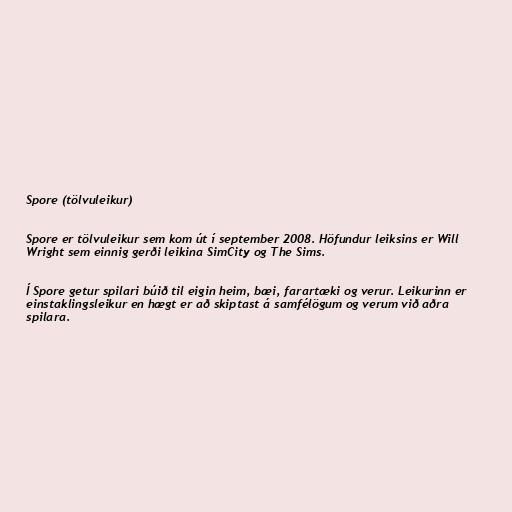
Spore (tölvuleikur)

Spore er tölvuleikur sem kom út í september 2008. Höfundur leiksins er Will
Wright sem einnig gerði leikina SimCity og The Sims.

Í Spore getur spilari búið til eigin heim, bæi, farartæki og verur. Leikurinn er
einstaklingsleikur en hægt er að skiptast á samfélögum og verum við aðra
spilara.